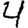
Digit: 4